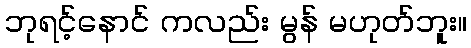
ဘုရင့်နောင် ကလည်း မွန် မဟုတ်ဘူး။